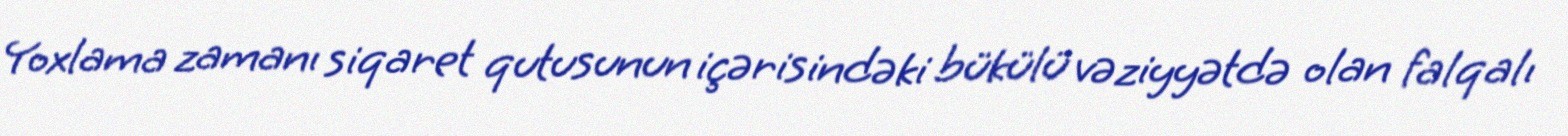
Yoxlama zamanı siqaret qutusunun içərisindəki bükülü vəziyyətdə olan falqalı